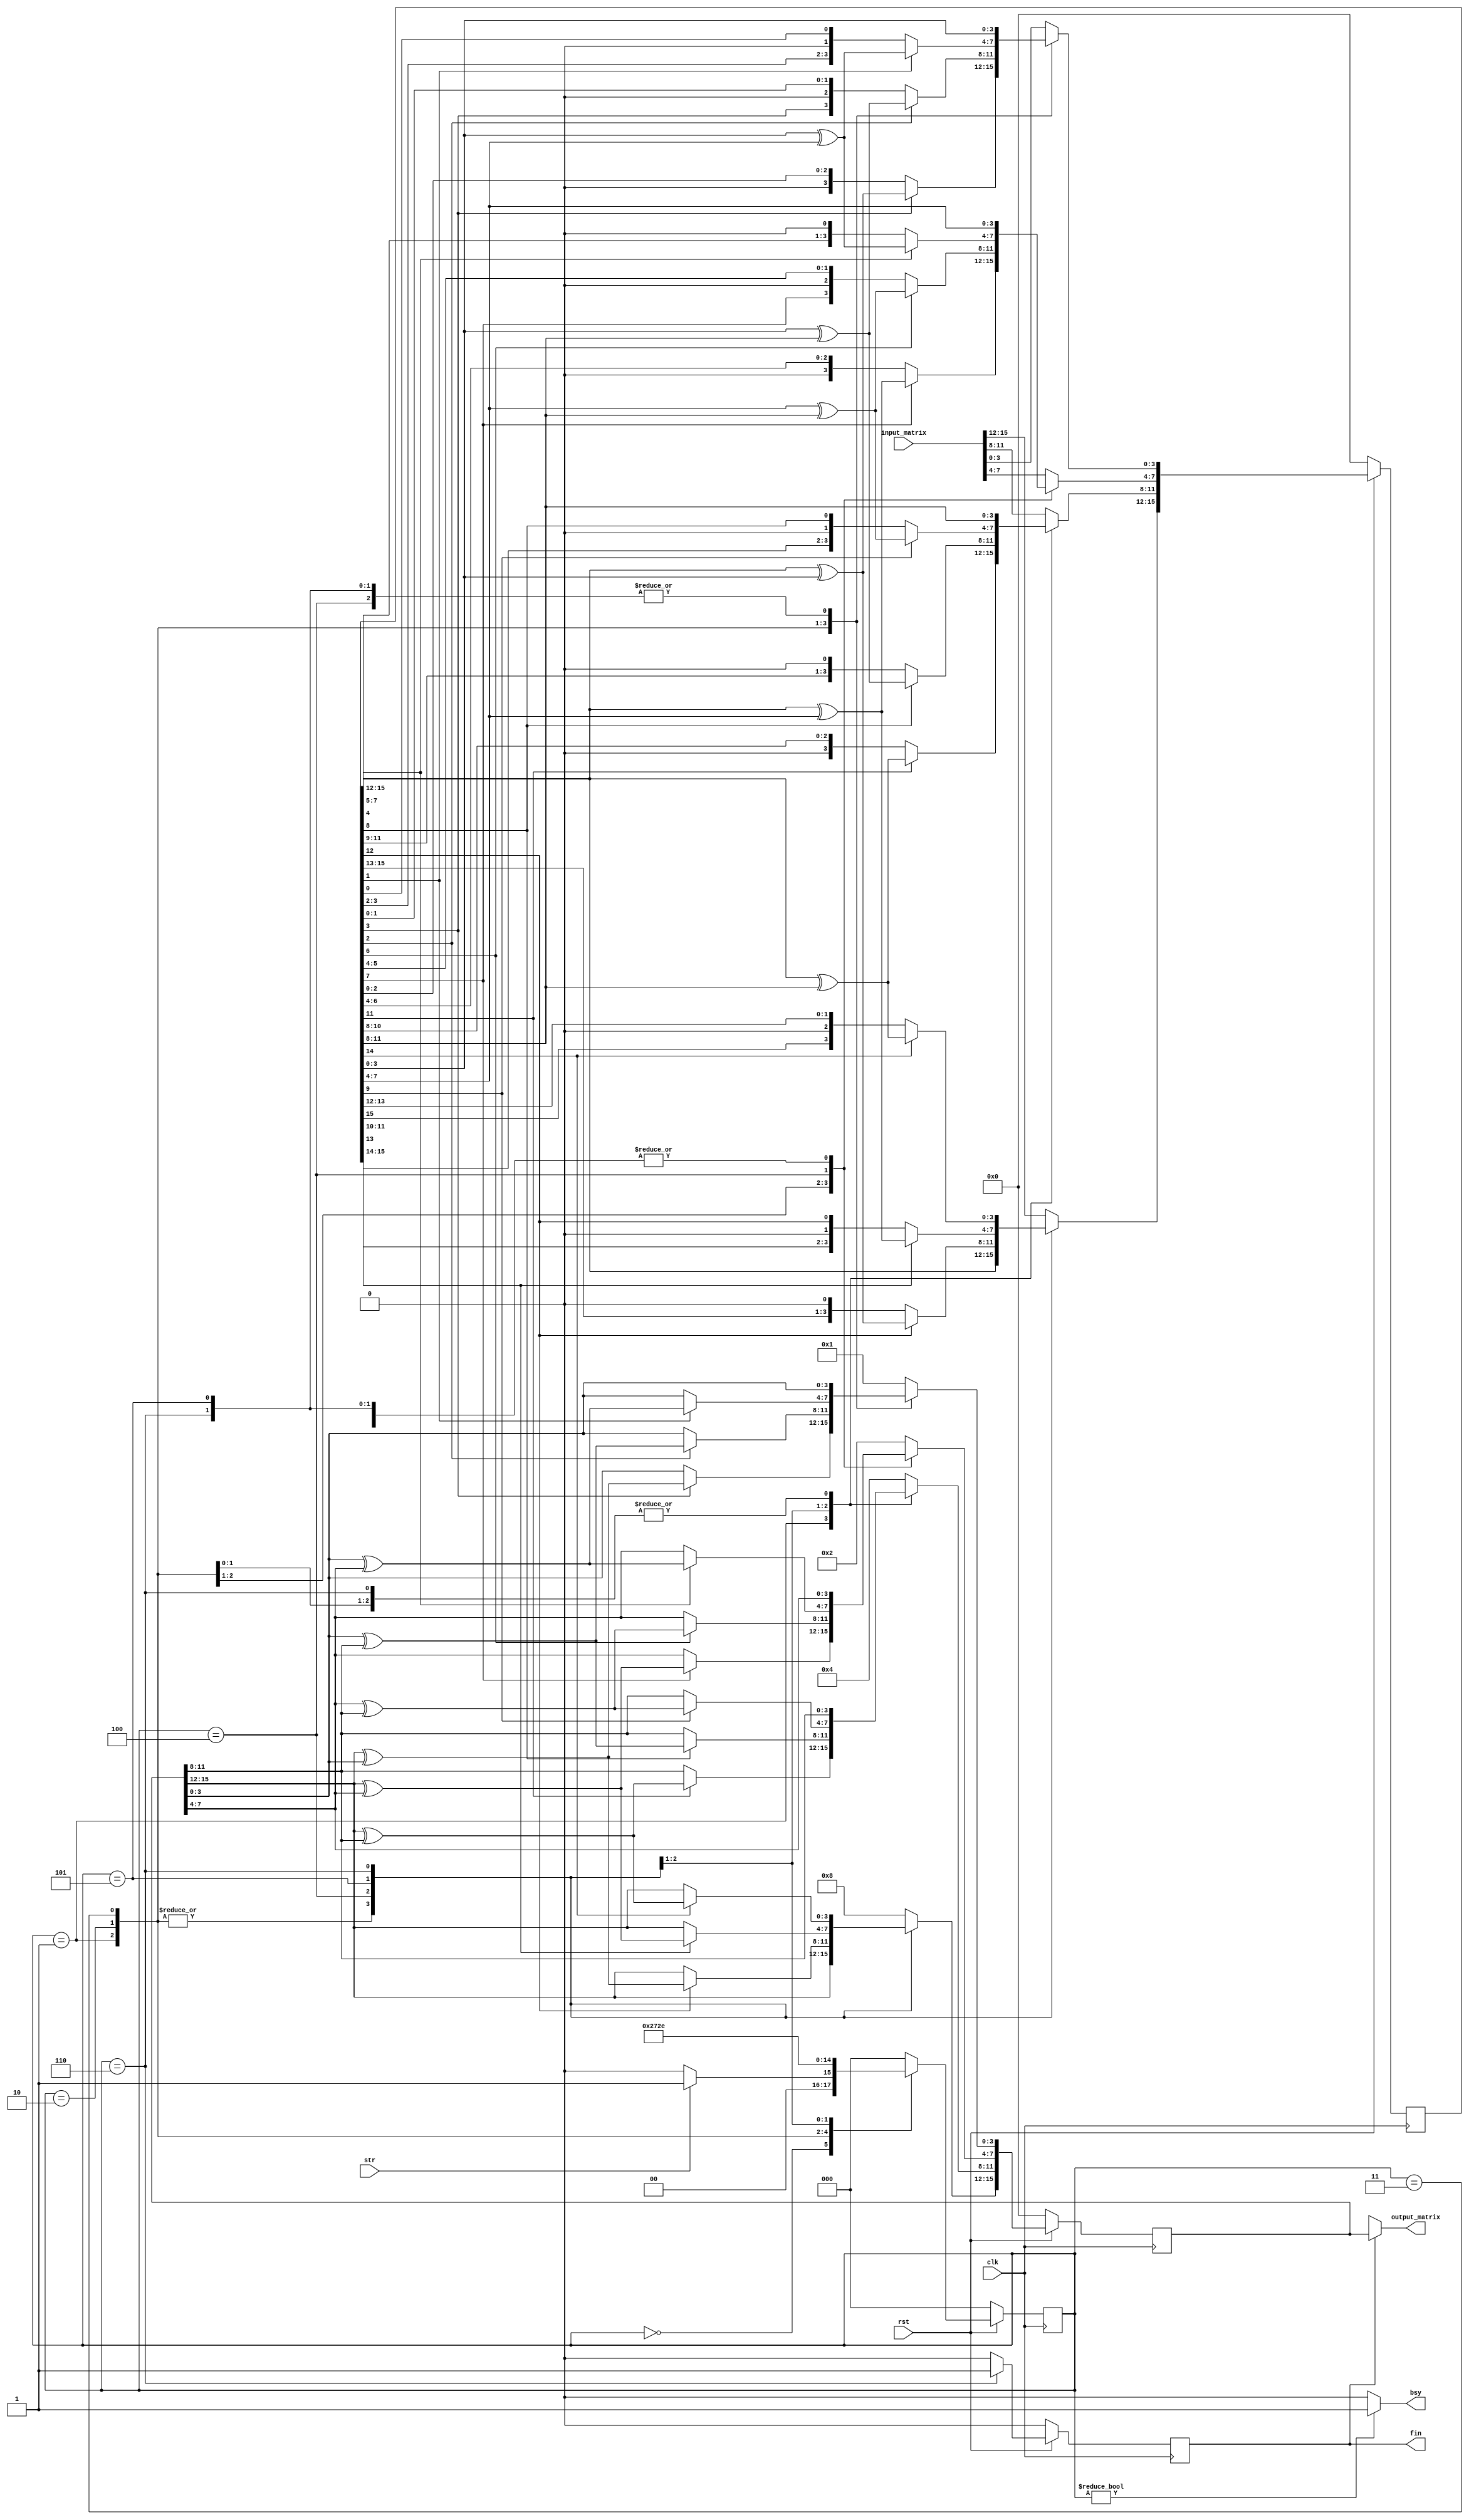
module gf2_matrix_inverter 
	(input clk,
	 input rst,
	 input str,
	 input [15:0] input_matrix,
	 output [15:0] output_matrix,
	 output bsy,
	 output fin);
	 
//Controller FSM
localparam s0 = 0;
localparam s1 = 1;
localparam s2 = 2;
localparam s3 = 3;
localparam s4 = 4;
localparam s5 = 5;
localparam s6 = 6;

reg [2:0] present_state = s0;
reg [2:0] next_state;
reg done, done_next;

always@(*)
begin
	case (present_state)
		s0 : begin
			if (str == 1)
				next_state = s1;
			else
				next_state = s0;
			done_next = 0;
			end
		s1 : begin
			next_state = s2;
			done_next = 0;
			end
		s2 : begin
			next_state = s3;
			done_next = 0;
			end
		s3 : begin
			next_state = s4;
			done_next = 0;
			end
		s4 : begin
			next_state = s5;
			done_next = 0;
			end
		s5 : begin
			next_state = s6;
			done_next = 0;
			end
		s6 : begin
			next_state = s0;
			done_next = 1;
			end
		default : begin
			next_state = s0;
			done_next = 0;
			end
	endcase
end

//Data-path
reg [15:0] intermediate;
reg [15:0] inverse;
reg [15:0] intermediate_next;
reg [15:0] inverse_next;

always@(*)
begin
	case (present_state)
	s0 : begin
		intermediate_next = input_matrix;
		inverse_next = 16'h8421;
		end

	s1 : begin
		intermediate_next = intermediate;
		inverse_next = inverse;
		if (intermediate[11] == 1)
			begin
			intermediate_next[11:8] = intermediate[11:8] ^ intermediate[15:12];
			inverse_next[11:8] = inverse[11:8] ^ inverse[15:12];	
			end
		if (intermediate[7] == 1)
			begin
			intermediate_next[7:4] = intermediate[7:4] ^ intermediate[15:12];
			inverse_next[7:4] = inverse[7:4] ^ inverse[15:12];	
			end
		if (intermediate[3] == 1)
			begin
			intermediate_next[3:0] = intermediate[3:0] ^ intermediate[15:12];
			inverse_next[3:0] = inverse[3:0] ^ inverse[15:12];	
			end
		end
	
	s2 : begin
		intermediate_next = intermediate;
		inverse_next = inverse;
		if (intermediate[6] == 1)
			begin
			intermediate_next[7:4] = intermediate[7:4] ^ intermediate[11:8];
			inverse_next[7:4] = inverse[7:4] ^ inverse[11:8];	
			end
		if (intermediate[2] == 1)
			begin
			intermediate_next[3:0] = intermediate[3:0] ^ intermediate[11:8];
			inverse_next[3:0] = inverse[3:0] ^ inverse[11:8];	
			end
		end
		
	s3 : begin
		intermediate_next = intermediate;
		inverse_next = inverse;
		if (intermediate[1] == 1)
			begin
			intermediate_next[3:0] = intermediate[3:0] ^ intermediate[7:4];
			inverse_next[3:0] = inverse[3:0] ^ inverse[7:4];	
			end
		end
	
	s4 : begin
		intermediate_next = intermediate;
		inverse_next = inverse;
		if (intermediate[12] == 1)
			begin
			intermediate_next[15:12] = intermediate[15:12] ^ intermediate[3:0];
			inverse_next[15:12] = inverse[15:12] ^ inverse[3:0];	
			end
		if (intermediate[8] == 1)
			begin
			intermediate_next[11:8] = intermediate[11:8] ^ intermediate[3:0];
			inverse_next[11:8] = inverse[11:8] ^ inverse[3:0];	
			end
		if (intermediate[4] == 1)
			begin
			intermediate_next[7:4] = intermediate[7:4] ^ intermediate[3:0];
			inverse_next[7:4] = inverse[7:4] ^ inverse[3:0];	
			end
		end
	
	s5 : begin
		intermediate_next = intermediate;
		inverse_next = inverse;
		if (intermediate[13] == 1)
			begin
			intermediate_next[15:12] = intermediate[15:12] ^ intermediate[7:4];
			inverse_next[15:12] = inverse[15:12] ^ inverse[7:4];	
			end
		if (intermediate[9] == 1)
			begin
			intermediate_next[11:8] = intermediate[11:8] ^ intermediate[7:4];
			inverse_next[11:8] = inverse[11:8] ^ inverse[7:4];	
			end
		end
	
	s6 : begin
		intermediate_next = intermediate;
		inverse_next = inverse;
		if (intermediate[14] == 1)
			begin
			intermediate_next[15:12] = intermediate[15:12] ^ intermediate[11:8];
			inverse_next[15:12] = inverse[15:12] ^ inverse[11:8];	
			end
		end 
	
	default : begin
			intermediate_next = input_matrix;
			inverse_next = 16'h8421;
			end

	endcase
end

//State and register update block
always@(posedge clk)
begin
	if (rst == 0)
	begin
		present_state <= s0;
		intermediate <= 16'd0;
		inverse <= 16'd0;
		done <= 0;
	end
	else
	begin
		present_state <= next_state;
		intermediate <= intermediate_next;
		inverse <= inverse_next;
		done <= done_next;
	end
end

assign output_matrix = done ? inverse : 16'bx;
assign bsy = (present_state != s0) ? 1'b1 : 1'b0;
assign fin = done;

endmodule